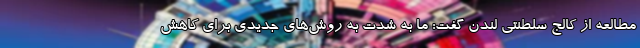
مطالعه از کالج سلطنتی لندن گفت: ما به شدت به روش‌های جدیدی برای کاهش